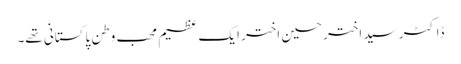
ڈاکٹر سید اختر حسین اختر ایک عظیم محب وطن پاکستانی تھے۔